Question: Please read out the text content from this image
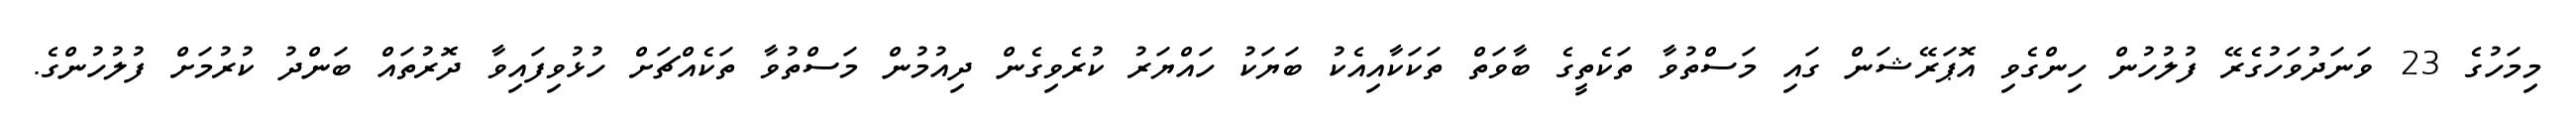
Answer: މިމަހުގެ 23 ވަނަދުވަހުގެރޭ ފުލުހުން ހިންގެވި އޮޕަރޭޝަން ގައި މަސްތުވާ ތަކެތީގެ ބާވަތް ތަކަކާއިއެކު ބަޔަކު ހައްޔަރު ކުރެވިގެން ދިއުމުން މަސްތުވާ ތަކެއްޗަށް ހުޅުވިފައިވާ ދޮރުތައް ބަންދު ކުރުމަށް ފުލުހުންގެ.